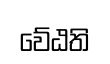
වේඨති